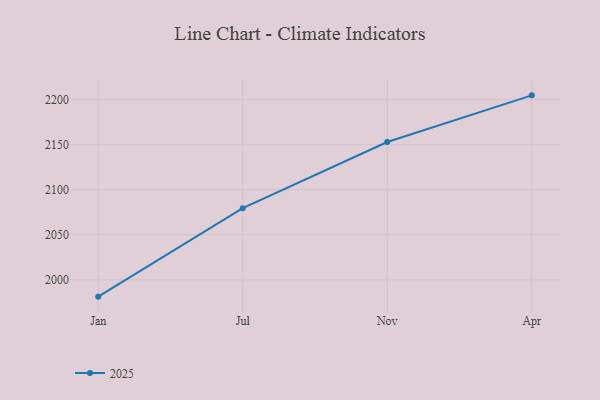
{"axis": {"x": "Month", "y": "Conversion Rate (%)"}, "legend": ["2025"], "data": [{"x": "Jan", "y": 1981.3, "type": "2025"}, {"x": "Jul", "y": 2079.5, "type": "2025"}, {"x": "Nov", "y": 2153.0, "type": "2025"}, {"x": "Apr", "y": 2204.8, "type": "2025"}]}